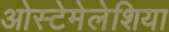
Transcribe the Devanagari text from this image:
ओस्टेमेलेशिया